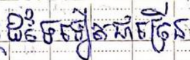
ដទៃទៀតជាច្រើន